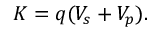
K = q ( V _ { s } + V _ { p } ) .